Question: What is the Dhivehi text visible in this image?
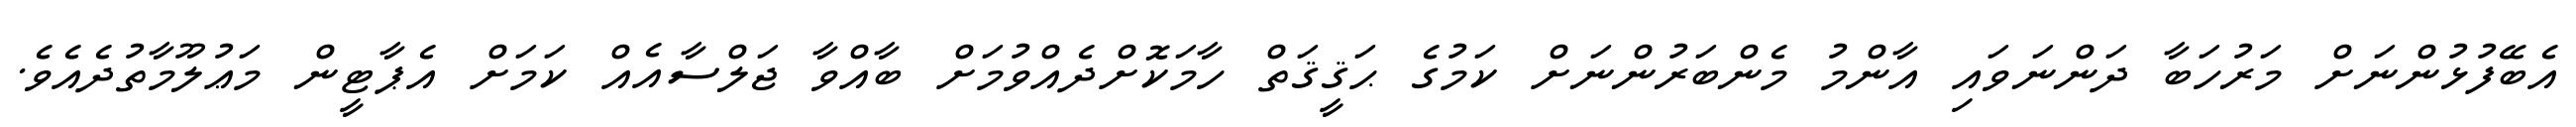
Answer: އެބޭފުޅުންނަށް މަރުހަބާ ދަންނަވައި އާންމު މެންބަރުންނަށް ކަމުގެ ޙަޤީޤަތް ހާމަކޮށްދެއްވުމަށް ބާއްވާ ޖަލްސާއެއް ކަމަށް އެޕާޓީން މަޢުލޫމާތުދެއެވެ.